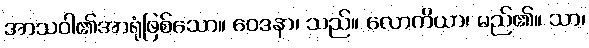
အာသဝါ၏အာရုံဖြစ်သော။ ဝေဒနာ၊ သည်။ လောကိယာ၊ မည်၏။ သာ၊